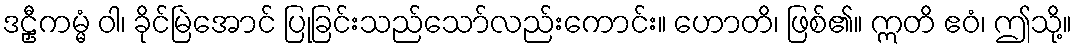
ဒဠှီကမ္မံ ဝါ၊ ခိုင်မြဲအောင် ပြုခြင်းသည်သော်လည်းကောင်း။ ဟောတိ၊ ဖြစ်၏။ ဣတိ ဧဝံ၊ ဤသို့။